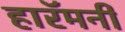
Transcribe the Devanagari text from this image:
हारॅमनी